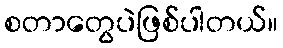
စတာတွေပဲဖြစ်ပါတယ်။